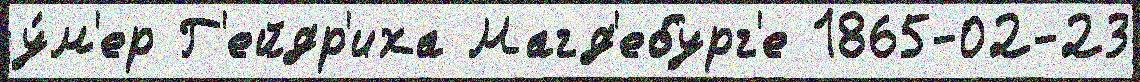
у́м'ер Г'ейдр'иха Магд'ебург'е 1865-02-23